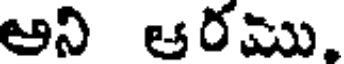
అని ఆరము,